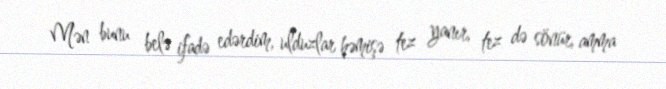
Mən bunu belə ifadə edərdim, ulduzlar həmişə tez yanır, tez də sönür, amma